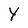
Character: Y